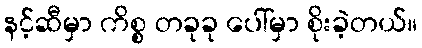
နင့်ဆီမှာ ကိစ္စ တခုခု ပေါ်မှာ စိုးခဲ့တယ်။